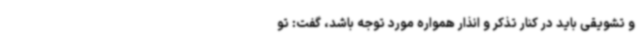
و تشویقی باید در کنار تذکر و انذار همواره مورد توجه باشد، گفت: تو